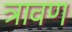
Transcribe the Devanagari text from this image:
त्रावण